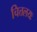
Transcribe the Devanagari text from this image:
चित्तलयः